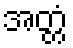
အတ္တံ